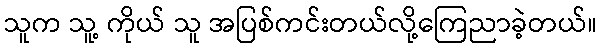
သူက သူ့ ကိုယ် သူ အပြစ်ကင်းတယ်လို့ကြေညာခဲ့တယ်။